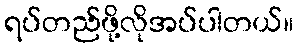
ရပ်တည်ဖို့လိုအပ်ပါတယ်။